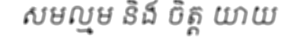
សមល្មម និង ចិត្ត យាយ